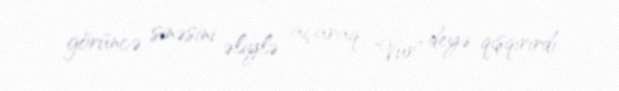
görüncə sinəsini əliylə açaraq "Vur" deyə qışqırırdı.